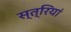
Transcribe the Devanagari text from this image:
स्‍त्रियां